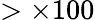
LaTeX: >\times 100